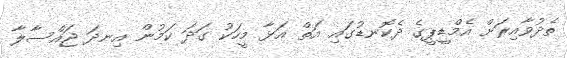
ތެދުވާއިރަށް އެމްޑީޕީގެ ދެކޮނޑުގައި އަތް އަޅާ މީހަކު ގަދަ ކަމުން އިނދަ ޖައްސާލާ